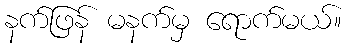
နက်ဖြန် မနက်မှ ရောက်မယ်။